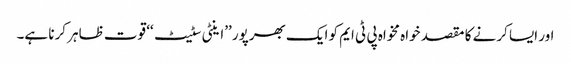
اور ایسا کرنے کا مقصد خواہ مخواہ پی ٹی ایم کو ایک بھرپور ’’اینٹی سٹیٹ‘‘ قوت ظاہر کرنا ہے۔